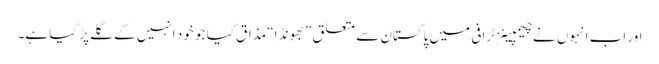
اور اب انہوں نے چیمپینز ٹرافی میں پاکستان سے متعلق ”بھونڈا“ مذاق کیا جو خود انہیں کے گلے پڑ گیا ہے۔